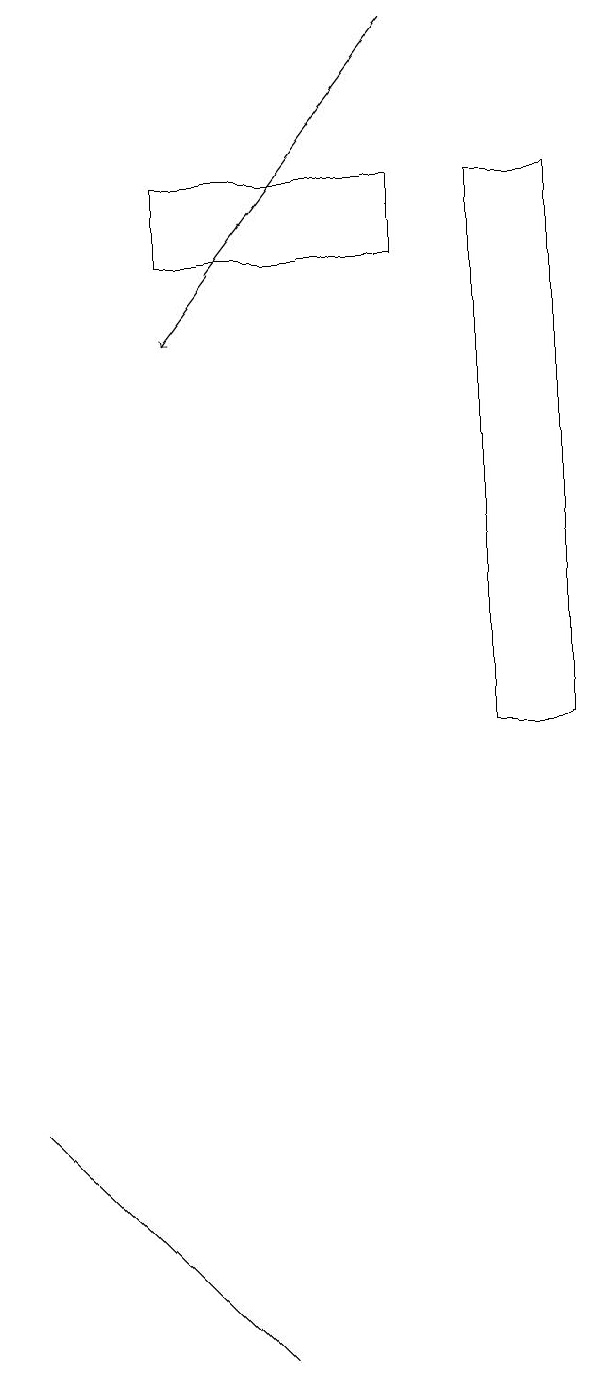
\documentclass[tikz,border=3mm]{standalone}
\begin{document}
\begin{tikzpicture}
\draw (4,17) rectangle (7,16);
\draw (8,10) rectangle (9,17);
\draw (2,5) -- (3,4) -- (5,2) -- cycle;
\draw[->] (7,19) -- (4,15);
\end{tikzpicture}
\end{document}